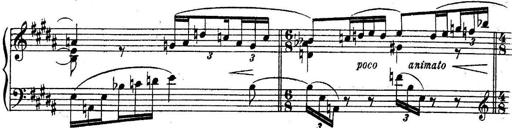
Title: Sonatine
Composer: Adrian Shaposhnikov
Key: E minor